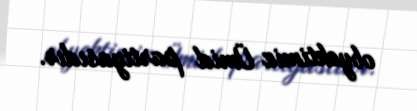
obyektimiz Ümid partiyasıdır.